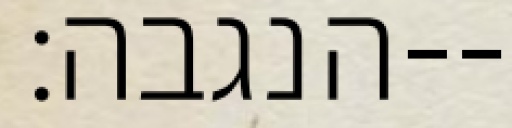
הנגבה׃--